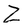
Character: Z